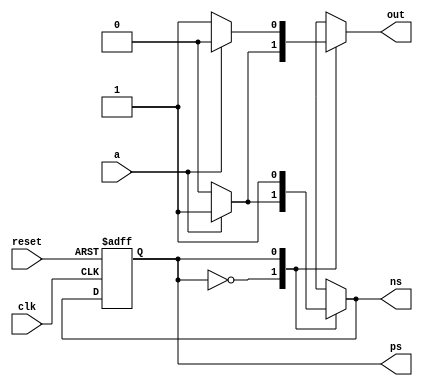
`timescale 1ns / 1ps
//////////////////////////////////////////////////////////////////////////////////
// Company: 
// Engineer: 
// 
// Design Name: 
// Module Name: MelayMachine
// Project Name: 
// Target Devices: 
// Tool Versions: 
// Description: 
// 
// Dependencies: 
// 
// Revision:
// Revision 0.01 - File Created
// Additional Comments:
// 
//////////////////////////////////////////////////////////////////////////////////

module melay_machine(clk, reset, a, out, ps, ns);
input a;
input clk, reset;

output reg out;
output reg ps, ns;
parameter s0 = 1'b0;
parameter s1 = 1'b1;
always@(posedge clk, negedge reset)
begin
 if(!reset)
 ps <= s0;
 else
 ps <= ns;
end
always@(ps, a)
begin
 case(ps)
 s0: if(a)
 begin
 ns <= s1;
 out <= 1;
 end
 else
 begin
 ns<=s0;
 out<=0;
 end
 s1: if(a)
 begin
 out <= 0;
 ns <= s1;
 end
 else
 begin
 out <= 1;
 ns <= s1;
 end
 endcase
end
endmodule